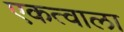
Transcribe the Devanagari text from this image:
एकत्वाला